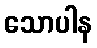
သောပါန